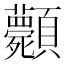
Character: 𩖎